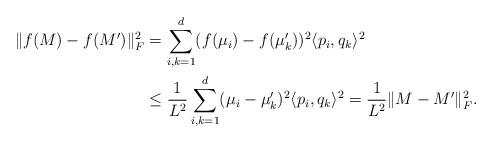
LaTeX: \begin{align*}\| f(M)-f(M')\|_F^2 & = \sum_{i,k=1}^d ( f( \mu_i) - f( \mu'_k))^2 \langle p_i, q_k\rangle^2\\& \leq \frac{1}{L^2} \sum_{i,k=1}^d ( \mu_i - \mu'_k)^2 \langle p_i, q_k\rangle^2 = \frac{1}{L^2}\| M-M'\|_F^2. \end{align*}